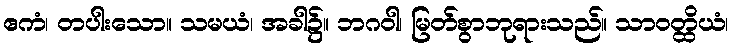
ဧကံ၊ တပါးသော။ သမယံ၊ အခါ၌။ ဘဂဝါ၊ မြတ်စွာဘုရားသည်။ သာဝတ္ထိယံ၊